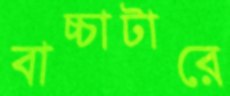
বাচ্চাটারে